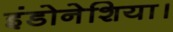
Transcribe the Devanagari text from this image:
इंडोनेशिया।